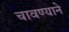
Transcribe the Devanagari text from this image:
चावण्याने